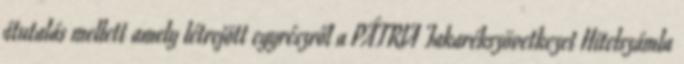
átutalás mellett amely létrejött egyrészről a PÁTRIA Takarékszövetkezet Hitelszámla